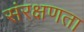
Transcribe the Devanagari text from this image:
संरक्षणता